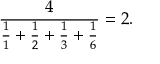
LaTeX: { \frac { 4 } { { \frac { 1 } { 1 } } + { \frac { 1 } { 2 } } + { \frac { 1 } { 3 } } + { \frac { 1 } { 6 } } } } = 2 .